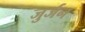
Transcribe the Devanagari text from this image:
जुर्जन